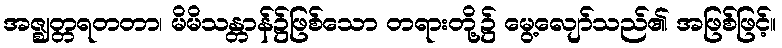
အဇ္ဈတ္တရတတာ၊ မိမိသန္တာန်၌ဖြစ်သော တရားတို့၌ မွေ့လျော်သည်၏ အဖြစ်ဖြင့်။